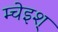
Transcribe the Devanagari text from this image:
म्चेइश्